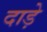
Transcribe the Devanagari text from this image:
दाड़े